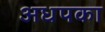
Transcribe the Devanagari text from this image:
अधपका